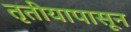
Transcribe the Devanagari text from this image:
तृतीयापासून